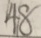
4 8